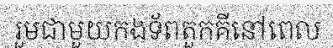
រួមជាមួយកងទ័ពតួកគីនៅពេល